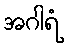
အဂါရံ